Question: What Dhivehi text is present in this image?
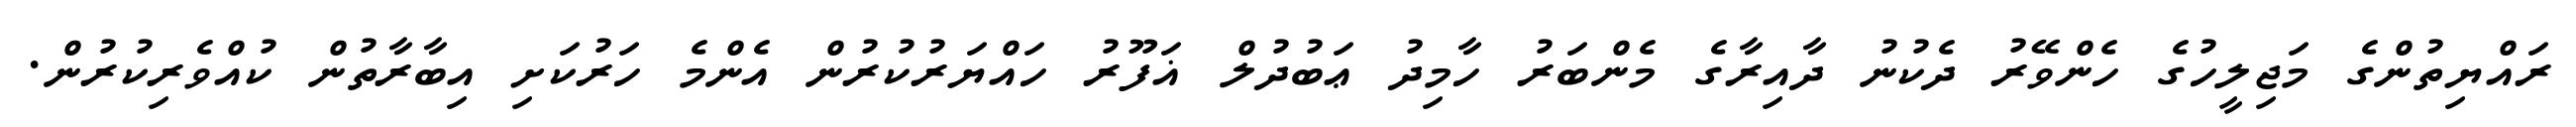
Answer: ރައްޔިތުންގެ މަޖިލީހުގެ ހެންވޭރު ދެކުނު ދާއިރާގެ މެންބަރު ހާމިދު ޢަބުދުލް ޣަފޫރު ހައްޔަރުކުރުން އެންމެ ހަރުކަށި އިބާރާތުން ކުއްވެރިކުރުން.